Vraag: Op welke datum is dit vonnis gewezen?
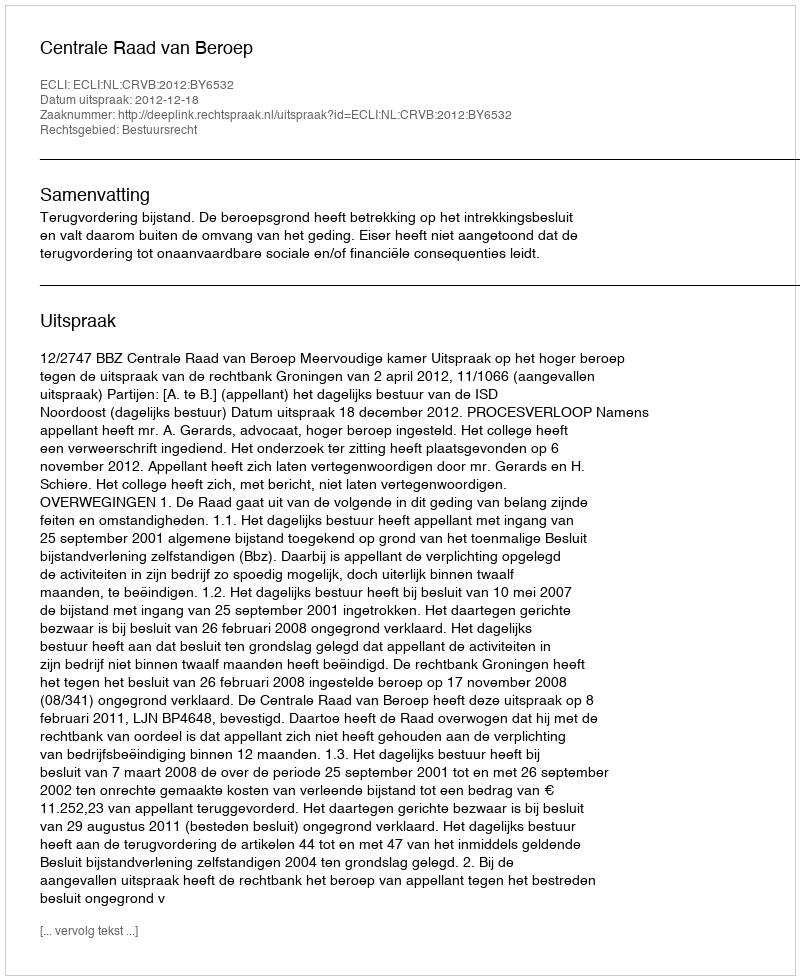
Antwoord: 2012-12-18